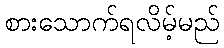
စားသောက်ရလိမ့်မည်